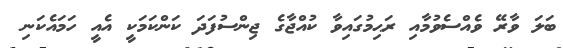
ބަލަ ވާރޭ ވެއްސެވުމާއި ރަޙިމުގައިވާ ކުއްޖާގެ ޖިންސުފަދަ ކަންކަމަކީ އެއީ ހަމައެކަނި